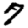
Digit: 7